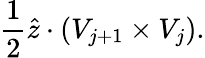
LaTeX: \frac{1}{2}\hat{z}\cdot(V_{j+1}\times V_{j}).